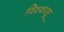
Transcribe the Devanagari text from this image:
विश्‍वासू